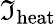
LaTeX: \mathfrak{I}_{\mathrm{{heat}}}